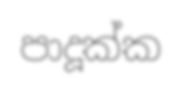
පාදූක්ක